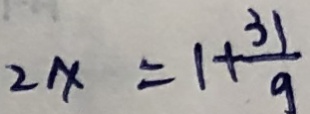
2 x = 1 + \frac { 3 1 } { 9 }